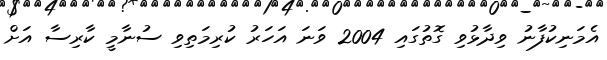
އެމަނިކުފާނު ވިދާޅުވި ގޮތުގައި 2004 ވަނަ އަހަރު ކުރިމަތިވި ސުނާމީ ކާރިސާ އަށް